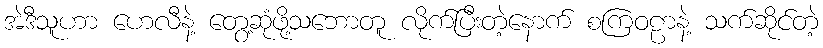
အဲဒီသူဟာ ဟေလီနဲ့ တွေ့ဆုံဖို့သဘောတူ လိုက်ပြီးတဲ့နောက် စကြဝဠာနဲ့ သက်ဆိုင်တဲ့